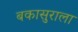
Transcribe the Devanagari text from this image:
बकासुराला